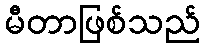
မီတာဖြစ်သည်